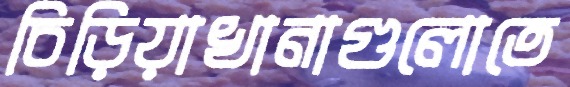
চিড়িয়াখানাগুলোতে